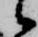
候